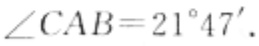
\(\angle CAB = 21^{\circ}47'\)